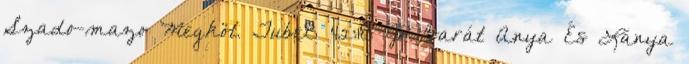
Szado-mazo Megköt. Tube8 42:18 Jó Barát Anya És Lánya